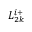
L _ { 2 k } ^ { i + }